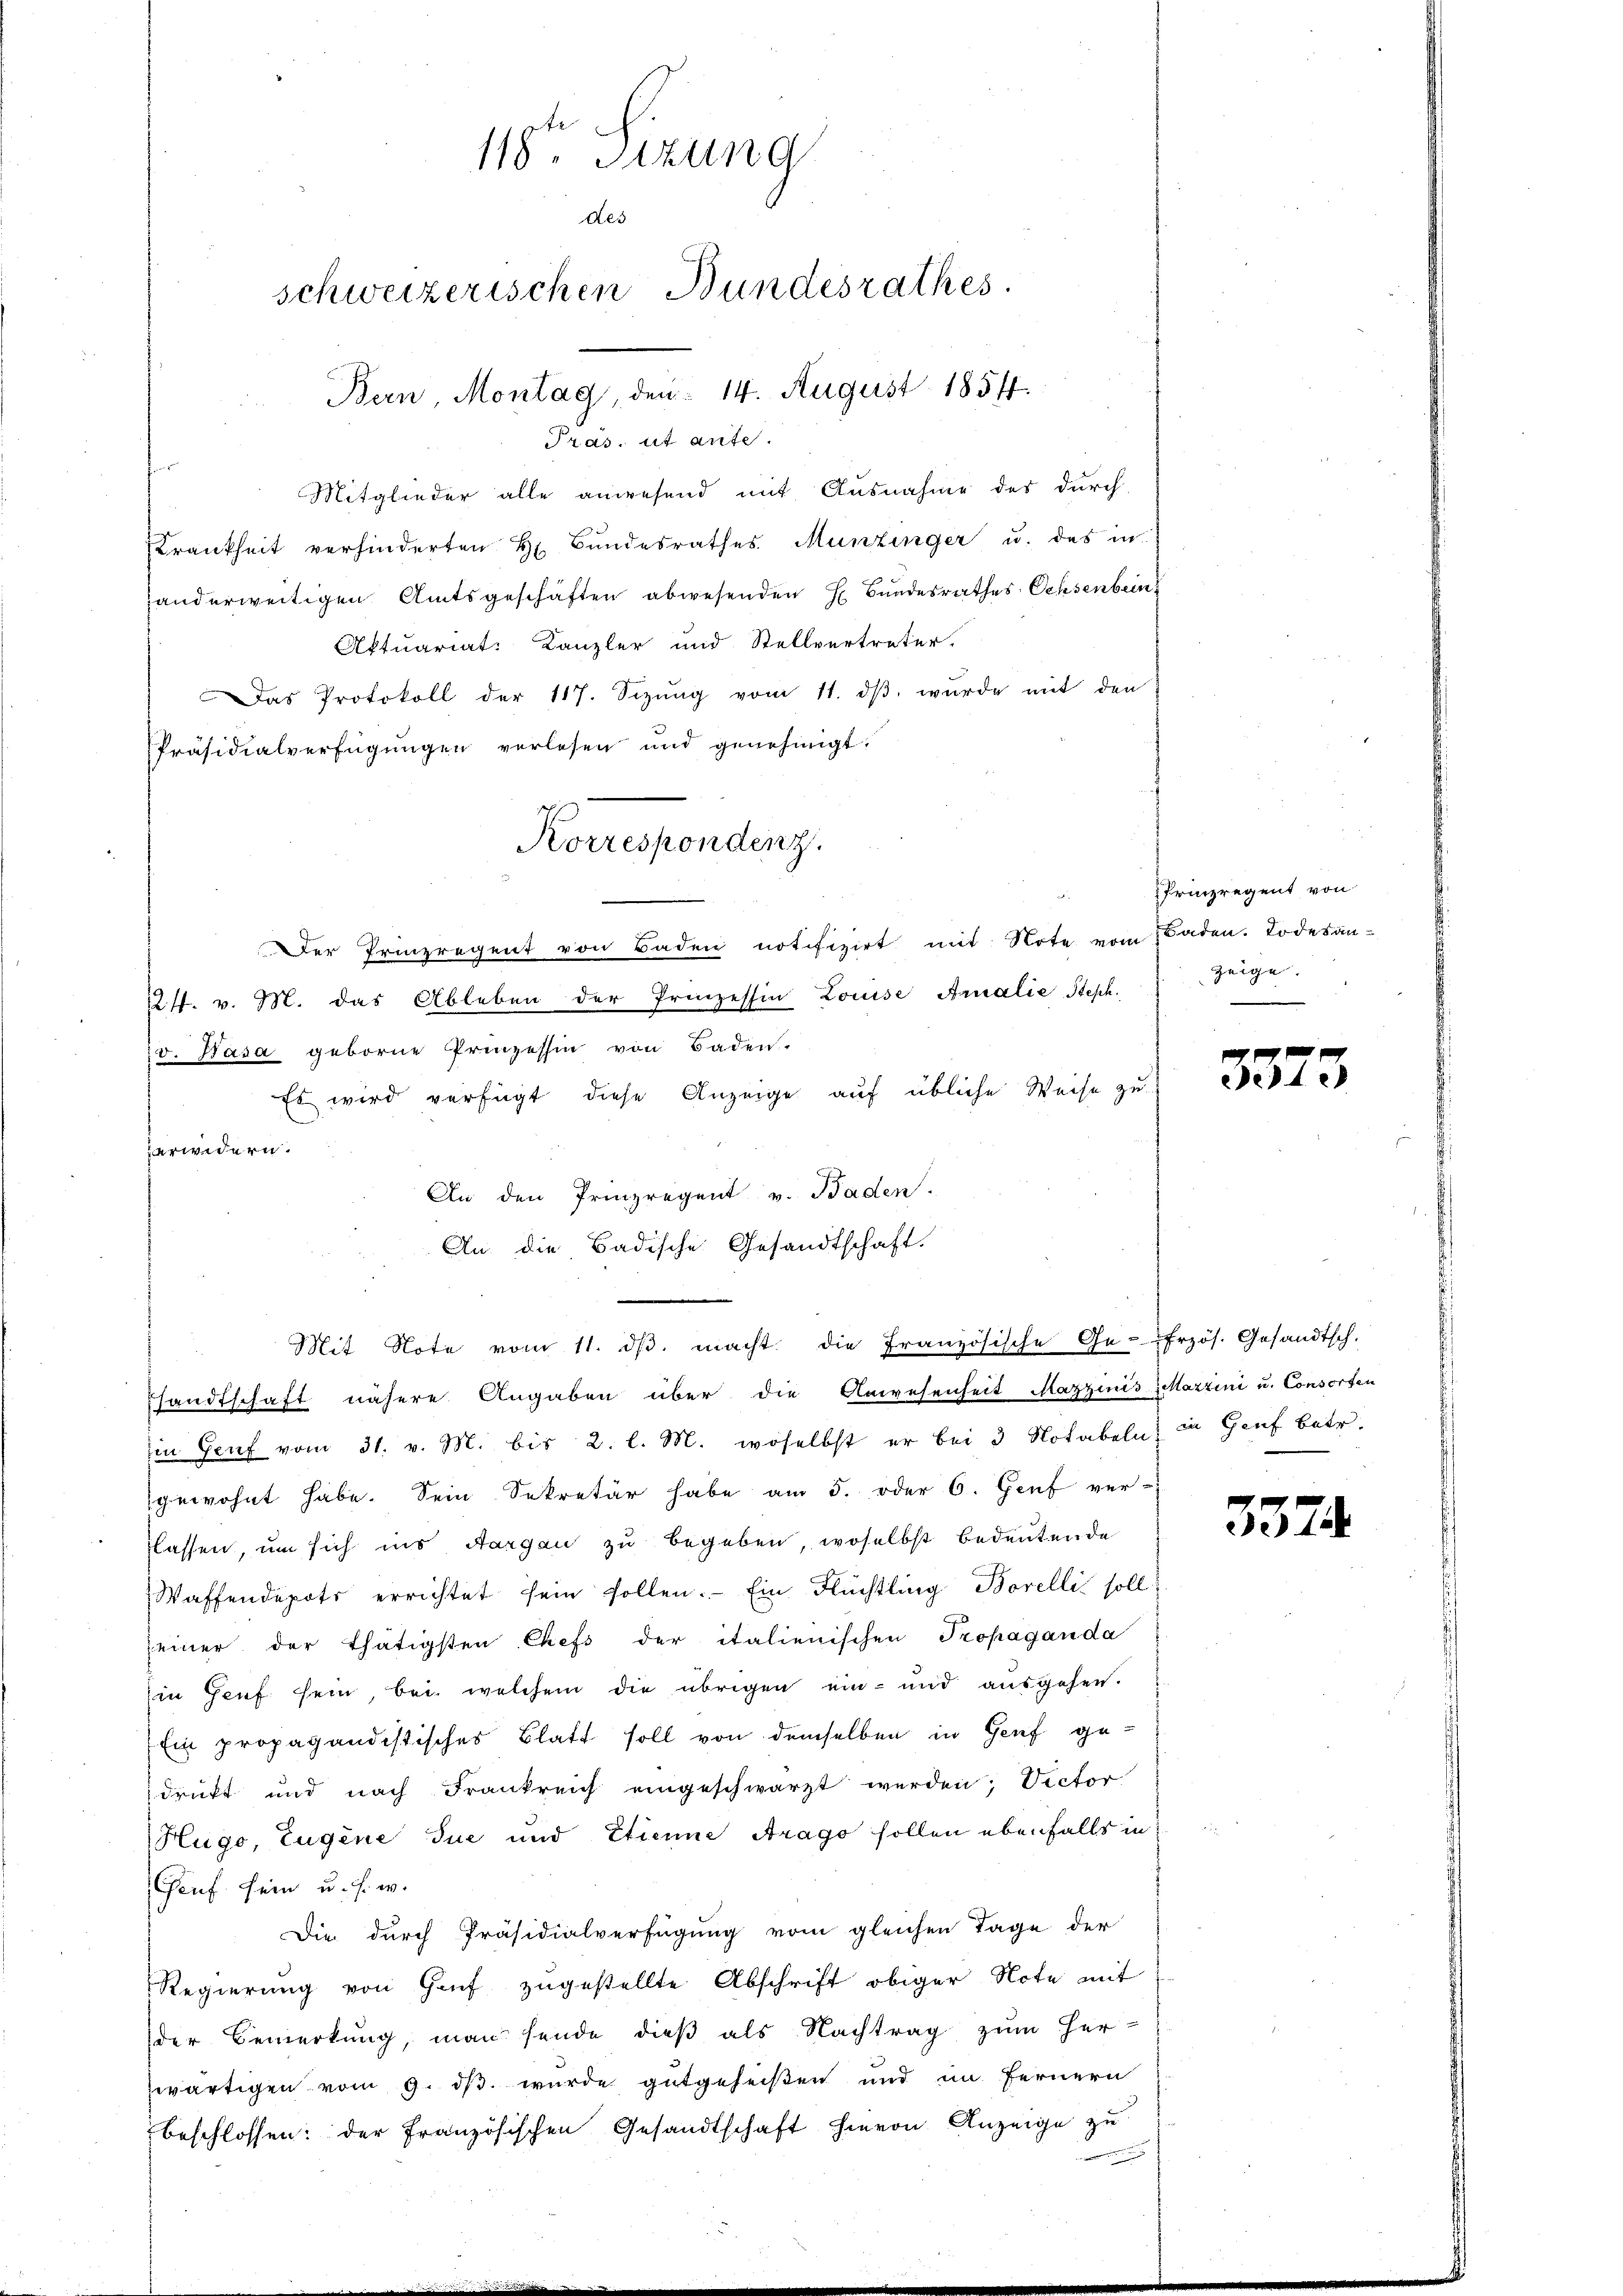
118ten Sizung
des
schweizerischen Bundesrathes
Bern Montag, den 14. August 18577.

Präs. ut ante.

Mitglieder alle anwesend mit Ausnahme des durch
Krankheit verhinderten H. Bŭndesrathes Munzinger u. das in
anderweitigen Amtsgeschäften abwesenden E. Bundesrathes Ochsenbein
Aktuariat: Kanzler und Stellvertreter.
Das Protokoll der 117. Sizŭng vom 11. dβ. wurde mit den
Präsidialverfügungen verlesen und genehmigt.
Der Prinzregent von Baden notifizirt mit Note vom Baden. Todesan-
21. v. M. das Ableben der Prinzessin Louise Annalie Steph.
v. Basa geborne Prinzessin von Baden.
Es wird verfügt diese Anzeige auf übliche Weise zu
arwidern.
An den Prinzregent v. Baden.
An die Badische Gesandtschaft.
Mit Note vom 11. dβ. macht die Französische Ge-frzös. Gesandtsch.
sandtschaft nähere Angaben über die Anwesenheit Mazzinis-Mazzini u. Consorten
Ein Genf vom 31. v. M. bis 2. l. M., woselbst er bei 3 Notabeln in Genf betr.
gewohnt habe. Sein Sekretär habe am 5. oder 6. Genf ver-
lassen, um sich ins Aargau zu begeben, woselbst bedeutende
Waffendepots errichtet sein sollen. Ein Flüchtling Borelli soll
seiner der thätigsten Chefs der italienischen Propaganda
Ein Genf sein, bei welchem die übrigen ein- und ausgehen.
Ein propagandistisches Blatt soll von demselben in Genf gedruckt und nach Frankreich eingeschwarzt werden; Vector
Hugo, Eugene due und Etienne Arago sollen ebenfalls in
Genf sein u. s. w.
Die durch Präsidialverfügung vom gleichen Tage der
Regierung von Gruf zugestellte Abschrift obiger Note mit
der Bemerkung, man sende dieß als Nachtrag zum Her-
zwärtigen vom 9. dβ. wurde gutgeheißen und im fernern
beschlossen: der französischen Gesandtschaft hievon Anzeige zu

Korrespondenz.

Prinzregent von
zeige.
e

ee

3374.